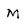
Character: M